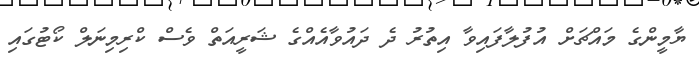
ޔާމީންގެ މައްޗަށް އުފުލާފައިވާ އިތުރު ދެ ދައުވާއެއްގެ ޝަރީއަތް ވެސް ކްރިމިނަލް ކޯޓުގައި